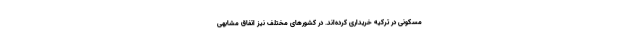
مسکونی در ترکیه خریداری کرده‌اند. در کشورهای مختلف نیز اتفاق مشابهی